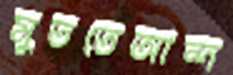
মুততেআন্দ